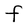
Character: f